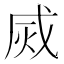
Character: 烕